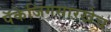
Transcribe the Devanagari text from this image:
पॅकेजिंगसारखेच